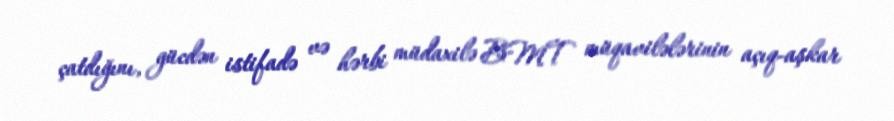
çatdığını, gücdən istifadə və hərbi müdaxilə BMT müqavilələrinin açıq-aşkar